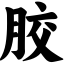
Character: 胶